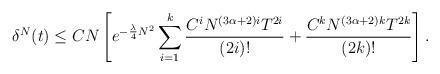
LaTeX: \begin{align*}\delta^N(t)\leq CN\left[e^{-\frac{\lambda}{4} N^2}\sum_{i=1}^{k}\frac{C^iN^{(3\alpha+2)i}T^{2i}}{(2i)!}+\frac{C^kN^{(3\alpha+2)k}T^{2k}}{(2k)!}\right].\end{align*}